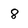
Character: 8